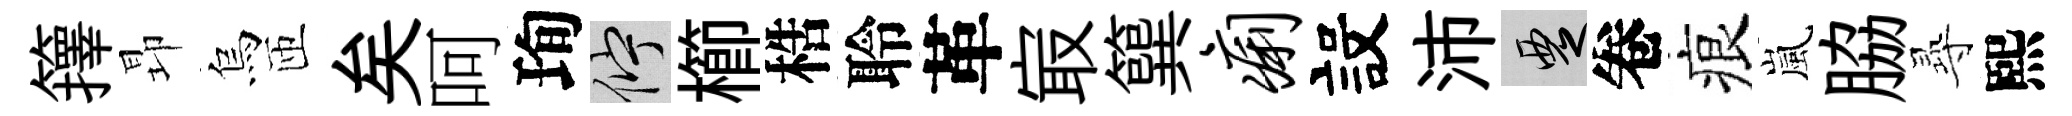
籜昻烏匝矣呵珣伫櫛梏聆革㝡簨痢設沛覂卷痕嵐脇𡬶熙